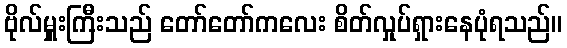
ဗိုလ်မှူးကြီးသည် တော်တော်ကလေး စိတ်လှုပ်ရှားနေပုံရသည်။